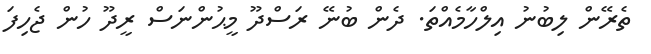
ތެެރޭން ލިބުނު އިލްހާމެއްތަ. ދެން ބުނޭ ރަސްދޫ މީޙުންނަސް ރީދޫ ހުން ޖެހިފަ